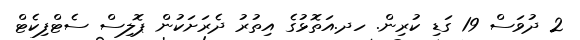
2 ދުވަސް 19 ގަޑި ކުރިން. ހދ.އަތޮޅުގެ އިތުރު ދެރަށަކުން ޕޮލިސް ސެޓްފިކެޓް